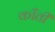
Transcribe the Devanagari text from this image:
काँती